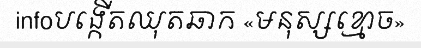
infoបង្កើតឈុតឆាក «មនុស្សខ្មោច»